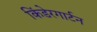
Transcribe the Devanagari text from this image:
किंडेरगार्टन